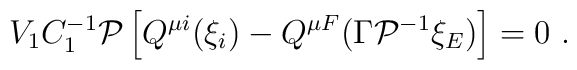
V_1C_1^{-1}{\cal P}\left[ Q^{\mu i}(\xi _i)-Q^{\mu F}(\Gamma {\cal P}^{-1}\xi _E)\right] =0\ .